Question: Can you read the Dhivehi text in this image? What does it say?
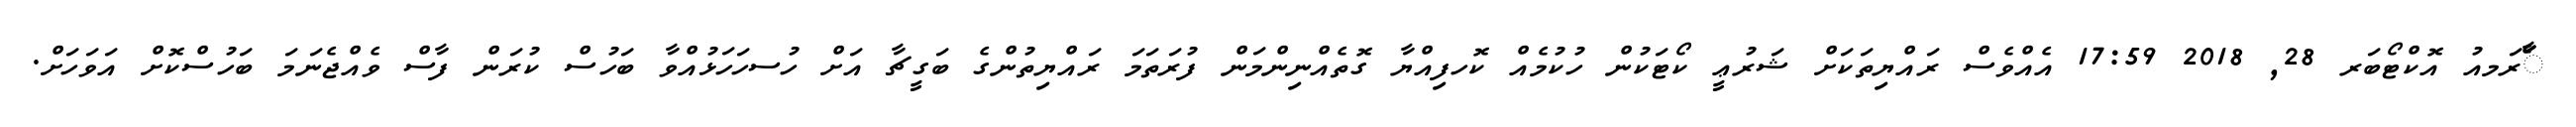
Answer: ާަެރަމއު އޮކްޓޯބަރ 28, 2018 17:59 އެއްވެސް ރައްޔިތަކަށް ޝަރުޢީ ކޯޓަކުން ހުކުމެއް ކޮހފިއްޔާ ގޮތެއްނިންމަން ފުރަތަމަ ރައްޔިތުންގެ ބަގީޗާ އަށް ހުސހަހަޅުއްވާ ބަހުސް ކުރަން ފާސް ވެއްޖެނަމަ ބަހުސްކޮށް އަވަހަށް.